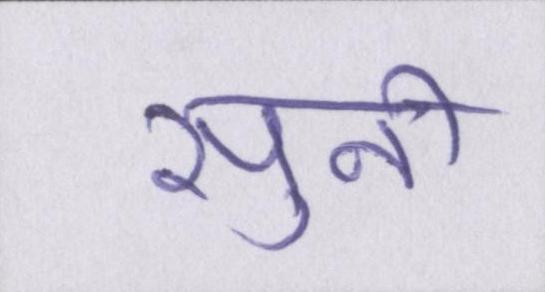
सुनी